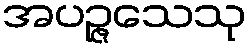
အပဉ္ဇသေသု